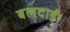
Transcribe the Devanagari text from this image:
बलदाई।